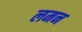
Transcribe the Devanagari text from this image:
लमन